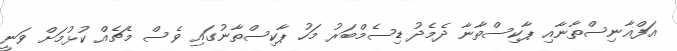
އަފްޣާނިސްތާނާއި ޕާކިސްތާނާ ދެމެދު ޑިސެމްބަރު މަހު ޕާކިސްތާނުގައި ވެސް މެޗެއް ކުޅުމަށް ވަނީ